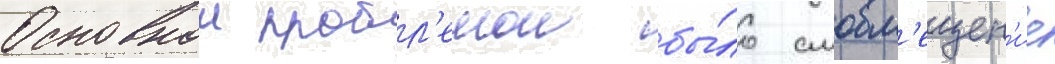
Основнои пробл'емои бы́ло смовм'ещен'ие